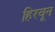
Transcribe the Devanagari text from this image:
हिरवून